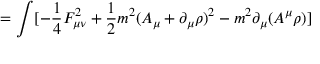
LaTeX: = \int [ - \frac { 1 } { 4 } F _ { \mu \nu } ^ { 2 } + \frac { 1 } { 2 } m ^ { 2 } ( A _ { \mu } + \partial _ { \mu } \rho ) ^ { 2 } - m ^ { 2 } \partial _ { \mu } ( A ^ { \mu } \rho ) ]